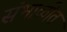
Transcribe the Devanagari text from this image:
संभाळीत